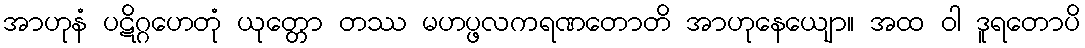
အာဟုနံ ပဋိဂ္ဂဟေတုံ ယုတ္တော တဿ မဟပ္ဖလကရဏတောတိ အာဟုနေယျော။ အထ ဝါ ဒူရတောပိ